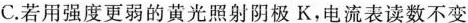
C.若用强度更弱的黄光照射阴极K，电流表读数不变